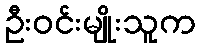
ဦးဝင်းမျိုးသူက